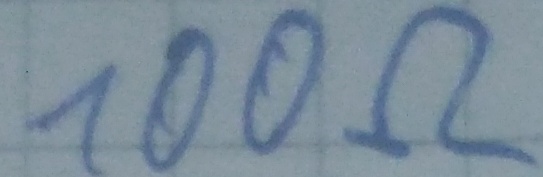
Text: 100Ω